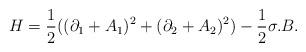
LaTeX: \begin{align*}H= {\frac{1}{2}}((\partial_{1}+ A_{1})^{2}+(\partial_{2}+ A_{2})^{2}) -{\frac{1}{2}}{\sigma}.B.\end{align*}